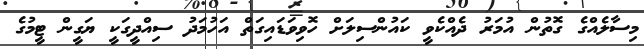
މިސާލެއްގެ ގޮތުން އުމަރު ދެއްކެވީ ކައުންސިލަށް ހޮވިވަޑައިގަތް އަހުމަދު ސިއްދީގަކީ ޔަގީން ޓީމުގެ